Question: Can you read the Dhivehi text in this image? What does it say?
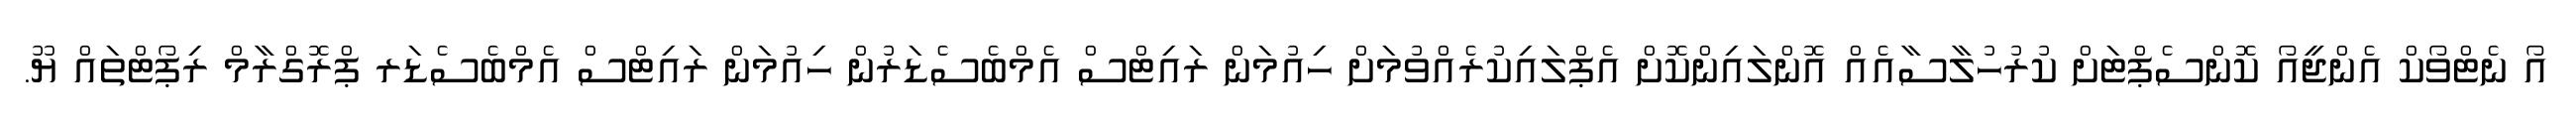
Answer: އޯ ނެޓްވޯކް އެންޖީއޯ ކޮންސެޕްޓަށް ކުރުހުލާސާއެއް އޮންލައިންކޮށް އެޕްލައިކުރެއްވުމަށް ހިއުމަން ރައިޓްސް އެމްބެސެޑަރުން ހިއުމަން ރައިޓްސް އެމްބެސެޑަރ ޕްރޮގްރާމް ރިޕޯޓްތައް ޔޫ.